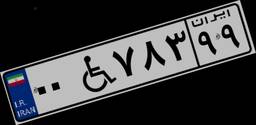
۰۰W۷۸۳۹۹